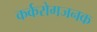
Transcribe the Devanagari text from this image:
कर्करोगजनक